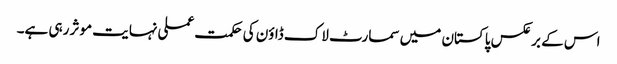
اس کے برعکس پاکستان میں سمارٹ لاک ڈاؤن کی حکمت عملی نہایت موثر رہی ہے۔